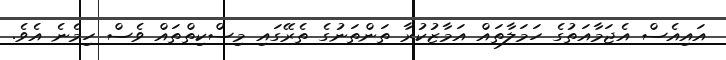
އައިއެސް އެޖަމާއަތުގެ ހަމަލާތައް އަމާޒުކުރާ ތަންތަނުގެ ތެރޭގައި މިސްކިތްތައް ވެސް ހިމެނެ އެވެ.